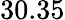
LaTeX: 30.35